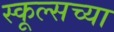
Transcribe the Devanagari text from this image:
स्कूल्सच्या